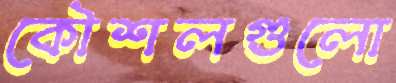
কৌশলগুলো